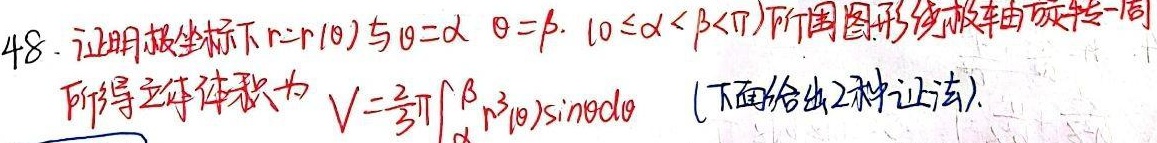
48. 证明极坐标下 \(r = r(\theta)\) 与 \(\theta=\alpha\)，\(\theta = \beta\)（\(0\leq\alpha<\beta<\pi\)）所围图形绕极轴旋转一周所得立体体积为 \(V=\frac{2}{3}\pi\int_{\alpha}^{\beta}r^{3}(\theta)\sin\theta\mathrm{d}\theta\)（下面给出2种证法）.